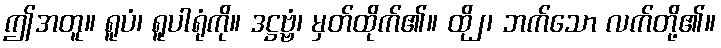
ဤအတူ။ ရူပံ၊ ရူပါရုံကို။ ဒဋ္ဌဗ္ဗံ၊ မှတ်ထိုက်၏။ ထို၂၊ ဘက်သော လက်တို့၏။